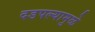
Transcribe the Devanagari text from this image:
दडपल्यामुळे